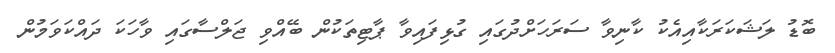
ބޮޑު ލަޝަކަރަކާއިއެކު ކާނިވާ ސަރަހަށްދުގައި ގުޅިފައިވާ ޕާޓިތަކުން ބޭއްވި ޖަލްސާގައި ވާހަކަ ދައްކަވަމުން